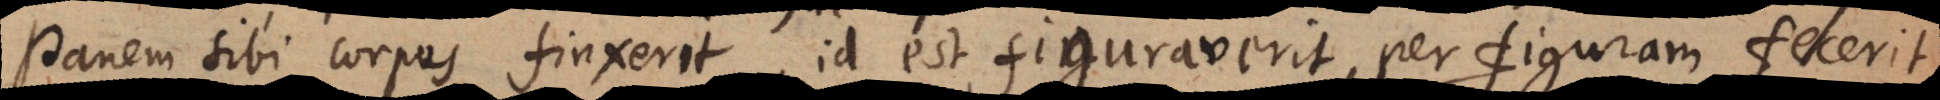
anem sibi corpus finxerit, id est figuraverit, per figuram fecerit